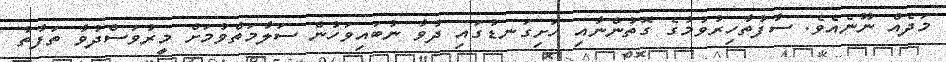
މަދެއް ނޫނެއެވެ. ސާފުތާހިރުވުމުގެ ގޮތުންނާއި ހަށިގަނޑުގައި ދުވާ ނުބައިވަހުން ސަލާމަތްވުމަށް މީރުވަސްދުވާ ތަފާތު